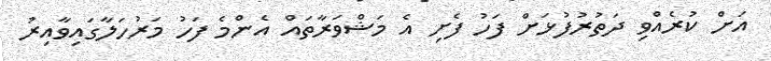
އަށް ކުރެއްވި ދަތުރުފުޅަށް ފަހު ފެށި އެ މަޝްވަރާތައް އެންމެ ފަހު މަރުހަލާގައިވާއިރު